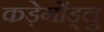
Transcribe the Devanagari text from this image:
कड़ेगोंड्लु